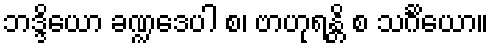
ဘဒ္ဒိယော ခဏ္ဍဒေပါ စ၊ ဗာဟုရန္တိ စ သင်္ဂိယော။